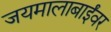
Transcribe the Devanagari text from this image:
जयमालाबाईंवर